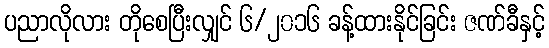
ပညာလိုလား တိုစေပြီးလျှင် ၆/၂၀၁၆ ခန့်ထားနိုင်ခြင်း ဇဏ်ခီနှင့်